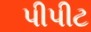
પીપીટ